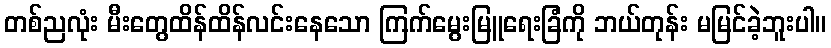
တစ်ညလုံး မီးတွေထိန်ထိန်လင်းနေသော ကြက်မွေးမြူရေးခြံကို ဘယ်တုန်း မမြင်ခဲ့ဘူးပါ။